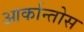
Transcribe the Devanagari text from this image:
आर्कान्तोस